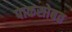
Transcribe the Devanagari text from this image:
पाकसोबत